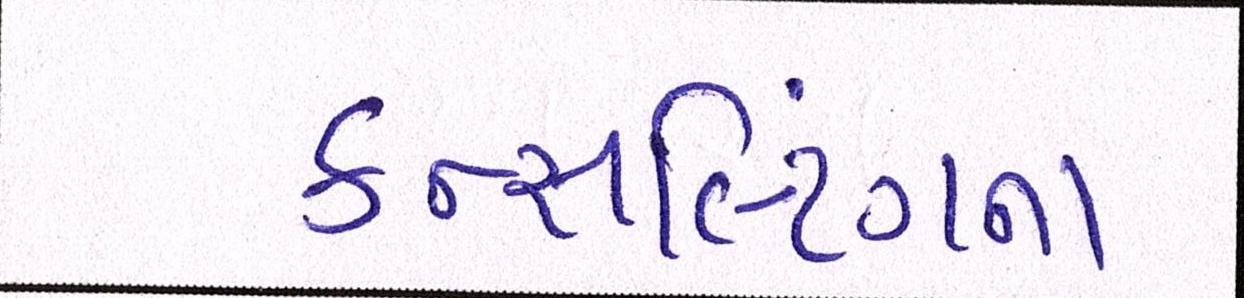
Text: કન્સલ્ટિંગના